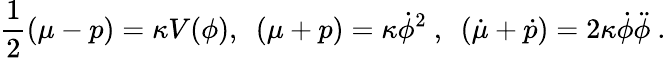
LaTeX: \frac{1}{2}(\mu-p)=\kappa V(\phi),~~(\mu+p)=\kappa\dot{\phi}^{2}~,~~(\dot{\mu}+\dot{p})=2\kappa\dot{\phi}\ddot{\phi}~.